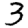
Digit: 3